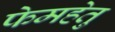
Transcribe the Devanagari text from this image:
फेमहेतु